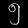
Digit: ၅